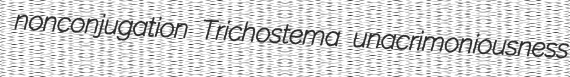
nonconjugation Trichostema unacrimoniousness